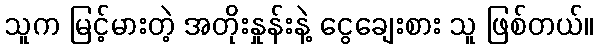
သူက မြင့်မားတဲ့ အတိုးနှုန်းနဲ့ ငွေချေးစား သူ ဖြစ်တယ်။